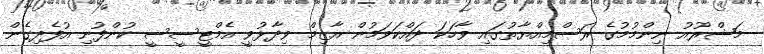
މަޝްރޫއު ނިންމުމުގެ ރަސްމިއްޔާތުގައި ވާހަކަ ދައްކަވަމުން އާޒިމް ވިދާޅުވީ އެމްޓީސީސީ ކުންފުނި އުފެދިގެން